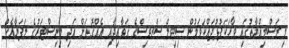
މި ރަސްމިއްޔާތުގައި ވާހަކަފުޅުދައްކަވަމުން ސިވިލް ސަރވިސްގެ ގަވާއިދާއި އެއްގޮތަށް އަދި މިނިސްޓަރުގެ ލަފަޔާއެކު